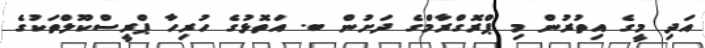
އަދި މީގެ އިތުރުން މި ޕްރޮގްރާމްގެ ދަށުން ބ. އަތޮޅުގެ ހުރިހާ ޕްރީސްކޫލްތަކުގެ